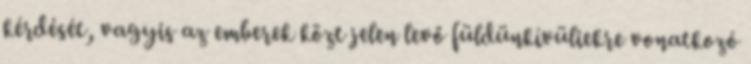
kérdését, vagyis az emberek közt jelen levő füldünkívüliekre vonatkozó